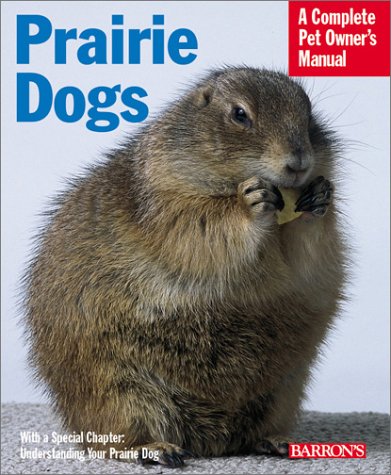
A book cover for Prairie Dogs (Complete Pet Owner's Manual); Sharon L. Vanderlip  D.V.M.; Crafts, Hobbies & Home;